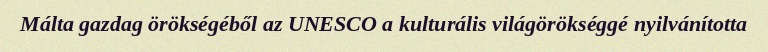
Málta gazdag örökségéből az UNESCO a kulturális világörökséggé nyilvánította